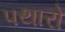
પથારો